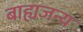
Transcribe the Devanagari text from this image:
बाह्यजन्य